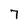
Character: 7